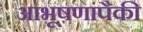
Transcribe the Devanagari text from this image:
आभूषणांपैकी